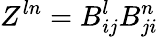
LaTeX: Z^{ln}=B_{ij}^{l}B_{ji}^{n}